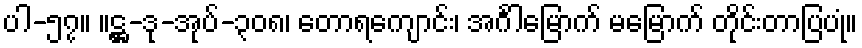
ပါ-၅၇။ ။ဋ္ဌ-ဒု-အုပ်-၃၀၈၊ တောရကျောင်း၊ အင်္ဂါမြောက် မမြောက် တိုင်းတာပြပုံ။